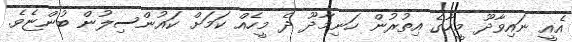
އެއީ ނައިވާދޫ މީހާގެ އިތުރުން ހަނިމާދޫ ދެ މީހެއް ކަމަށް ކައުންސިލުން ބުންޏެވެ.